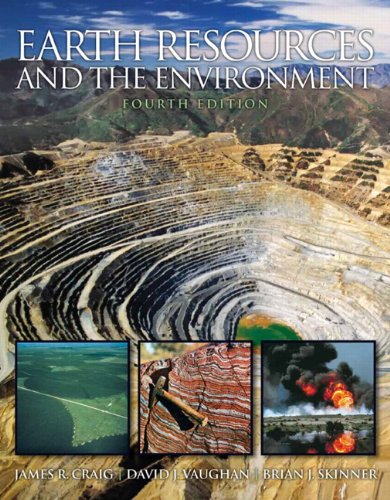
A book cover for Earth Resources and the Environment (4th Edition); James R. Craig; Science & Math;